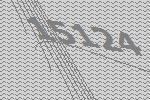
15124